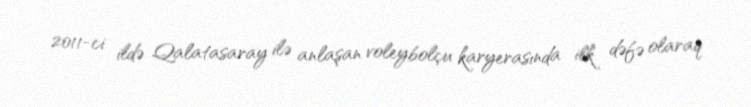
2011-ci ildə Qalatasaray ilə anlaşan voleybolçu karyerasında ilk dəfə olaraq